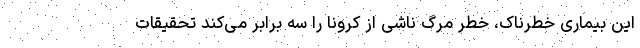
این بیماری خطرناک، خطر مرگ ناشی از کرونا را سه برابر می‌کند تحقیقات